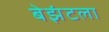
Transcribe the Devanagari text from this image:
बेझंटला